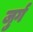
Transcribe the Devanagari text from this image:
जुर्ग